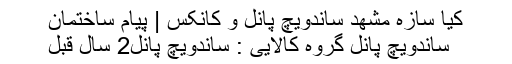
کیا سازه مشهد ساندویچ پانل و کانکس | پیام ساختمان
ساندویچ پانل گروه کالایی : ساندویچ پانل2 سال قبل